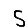
Digit: 5